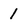
Character: 1